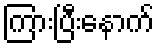
ကြားပြီးနောက်